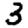
Digit: 3